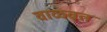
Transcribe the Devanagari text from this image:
वाळवत